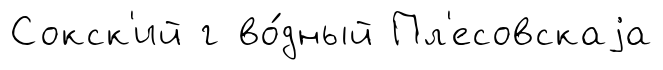
Сокск'ий г во́дный Пл'есовскаjа